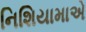
નિશિયામાએ